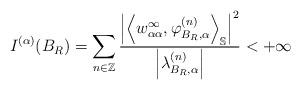
LaTeX: \begin{align*} I^{(\alpha)}(B_R) = \sum_{n \in \mathbb{Z}} \frac{\left|\left\langle w^\infty_{\alpha\alpha}, \varphi^{(n)}_{B_R, \alpha}\right\rangle_{\mathbb{S}}\right|^{2}}{\left|\lambda^{(n)}_{B_R, \alpha}\right|} < + \infty \end{align*}